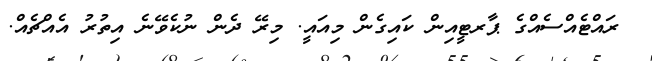
ރައްޓެއްސެއްގެ ޕާރޓީއިން ކައިގެން މިއައީ. މިރޭ ދެން ނުކެވޭނެ އިތުރު އެއްޗެއް.